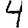
Digit: 4